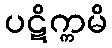
ပဋိက္ကမိ